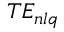
T E _ { n l q }